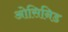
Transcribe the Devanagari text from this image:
ओसिनिड